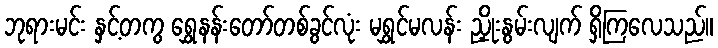
ဘုရားမင်း နှင့်တကွ ရွှေနန်းတော်တစ်ခွင်လုံး မရွှင်မလန်း ညှိုးနွမ်းလျက် ရှိကြလေသည်။